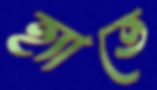
হ্যাতে